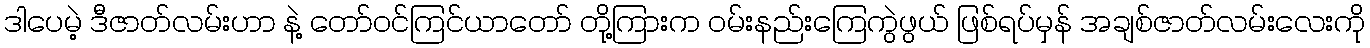
ဒါပေမဲ့ ဒီဇာတ်လမ်းဟာ နဲ့ တော်ဝင်ကြင်ယာတော် တို့ကြားက ဝမ်းနည်းကြေကွဲဖွယ် ဖြစ်ရပ်မှန် အချစ်ဇာတ်လမ်းလေးကို